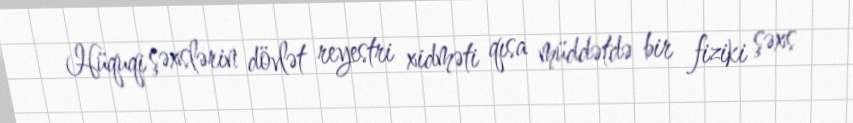
Hüquqi şəxslərin dövlət reyestri xidməti qısa müddətdə bir fiziki şəxs